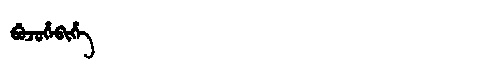
Manchu: ᠪᡠᠵᡠᡥᡝᠪᡳᡥᡝ
Romanization: BUJUHEBIHE